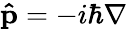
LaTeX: \mathbf{\hat{p}}=-i\hbar\nabla